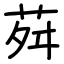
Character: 荈